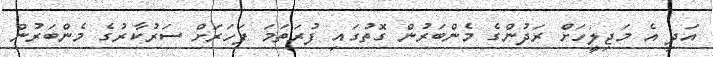
އަދި އެ މަޖިލީހަށް ރަދުންގެ މެންބަރުން ގޮތުގައި ފުރަތަމަ ފަހަރަށް ސަރުކާރުގެ މެންބަރުން